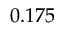
0 . 1 7 5